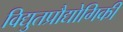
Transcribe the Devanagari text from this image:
विद्युतप्रौद्योगिकी